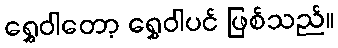
ရွှေဝါတော့ ရွှေဝါပင် ဖြစ်သည်။